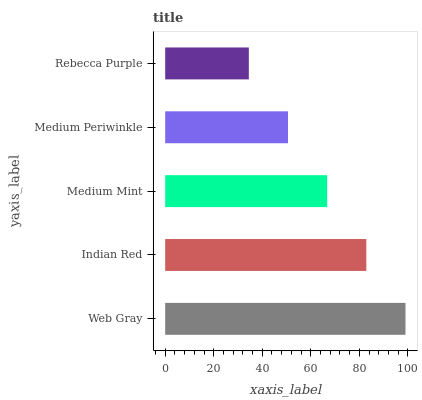
| yaxis_label | bars |
 | --- | --- |
 | Web Gray | 99 |
 | Indian Red | 82.9 |
 | Medium Mint | 66.7 |
 | Medium Periwinkle | 50.6 |
 | Rebecca Purple | 34.5 |